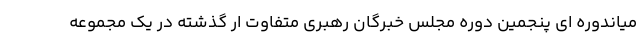
میاندوره ای پنجمین دوره مجلس خبرگان رهبری متفاوت ار گذشته در یک مجموعه